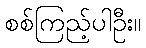
စစ်ကြည့်ပါဦး။